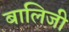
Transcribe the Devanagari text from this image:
बालिजी